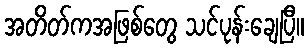
အတိတ်ကအဖြစ်တွေ သင်ပုန်းချေပြီ။